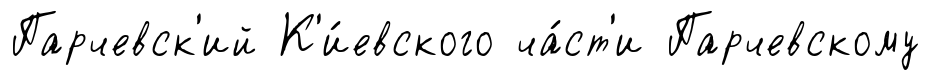
Парчевск'ий К'и́евского ча́ст'и Парчевскому